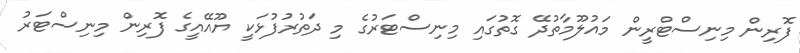
ފޮރިން މިނިސްޓްރީން މައުލޫމާތުދޭ ގޮތުގައި މިނިސްޓަރުގެ މި ދަތުރުފުޅަކީ ޔޫއޭއީގެ ފޮރިން މިނިސްޓަރު